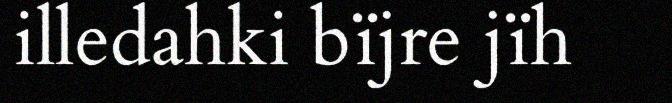
illedahki bïjre jïh